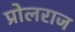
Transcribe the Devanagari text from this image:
प्रोलराज